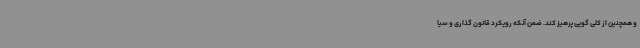
و همچنین از کلی گویی پرهیز کند. ضمن آنکه رویکرد قانون گذاری و سیا